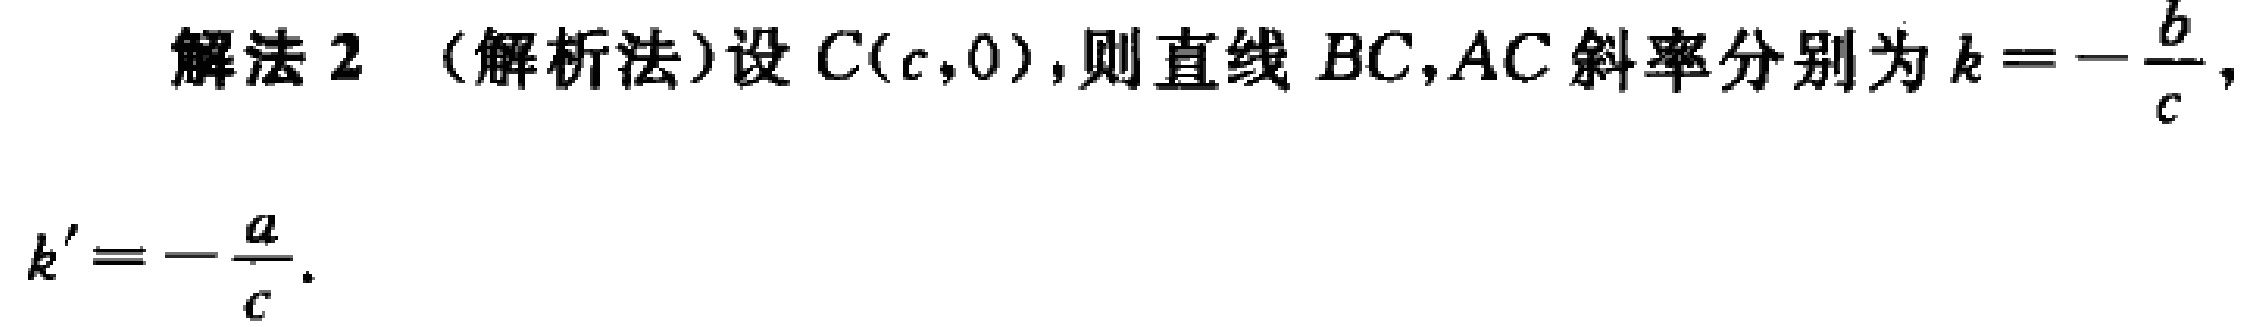
解法 2 （解析法）设 \(C(c,0)\)，则直线 \(BC,AC\) 斜率分别为 \(k = -\frac{b}{c}\)，

\(k' = -\frac{a}{c}\)。